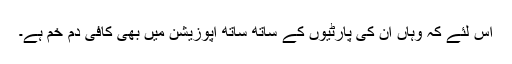
اس لئے کہ وہاں ان کی پارٹیوں کے ساتھ ساتھ اپوزیشن میں بھی کافی دم خم ہے۔